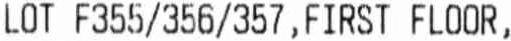
LOT F355/356/357, FIRST FLOOR,